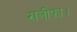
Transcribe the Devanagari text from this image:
खलीफ़ा।